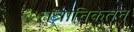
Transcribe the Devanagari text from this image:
तंत्रानिकेतन